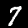
Label: 7